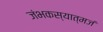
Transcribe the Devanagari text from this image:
जंभकस्यात्मजं